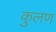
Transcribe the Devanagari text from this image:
कुलण